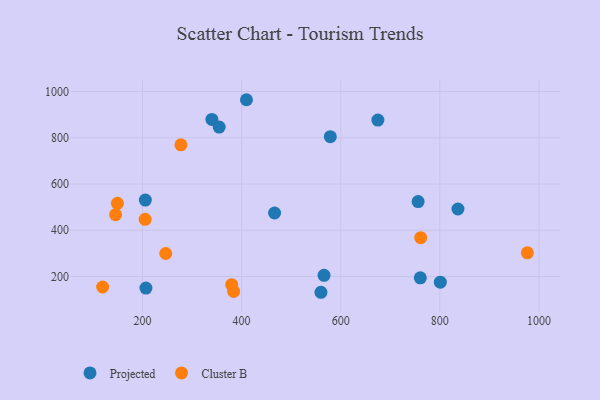
{"axis": {"x": "Distance", "y": "Rating"}, "legend": ["Cluster B", "Projected"], "data": [{"x": "760.6", "y": 194.3, "type": "Projected"}, {"x": "340.0", "y": 879.4, "type": "Projected"}, {"x": "466.5", "y": 474.6, "type": "Projected"}, {"x": "560.1", "y": 131.6, "type": "Projected"}, {"x": "801.0", "y": 175.3, "type": "Projected"}, {"x": "836.6", "y": 491.9, "type": "Projected"}, {"x": "205.7", "y": 530.5, "type": "Projected"}, {"x": "675.0", "y": 876.6, "type": "Projected"}, {"x": "579.0", "y": 804.6, "type": "Projected"}, {"x": "566.3", "y": 204.8, "type": "Projected"}, {"x": "206.9", "y": 149.7, "type": "Projected"}, {"x": "354.7", "y": 846.3, "type": "Projected"}, {"x": "409.8", "y": 964.6, "type": "Projected"}, {"x": "756.2", "y": 523.9, "type": "Projected"}, {"x": "149.4", "y": 516.4, "type": "Cluster B"}, {"x": "246.9", "y": 299.3, "type": "Cluster B"}, {"x": "205.3", "y": 447.2, "type": "Cluster B"}, {"x": "277.5", "y": 769.4, "type": "Cluster B"}, {"x": "380.0", "y": 164.5, "type": "Cluster B"}, {"x": "976.7", "y": 302.4, "type": "Cluster B"}, {"x": "761.4", "y": 368.0, "type": "Cluster B"}, {"x": "383.9", "y": 135.3, "type": "Cluster B"}, {"x": "119.5", "y": 154.5, "type": "Cluster B"}, {"x": "145.7", "y": 467.5, "type": "Cluster B"}]}